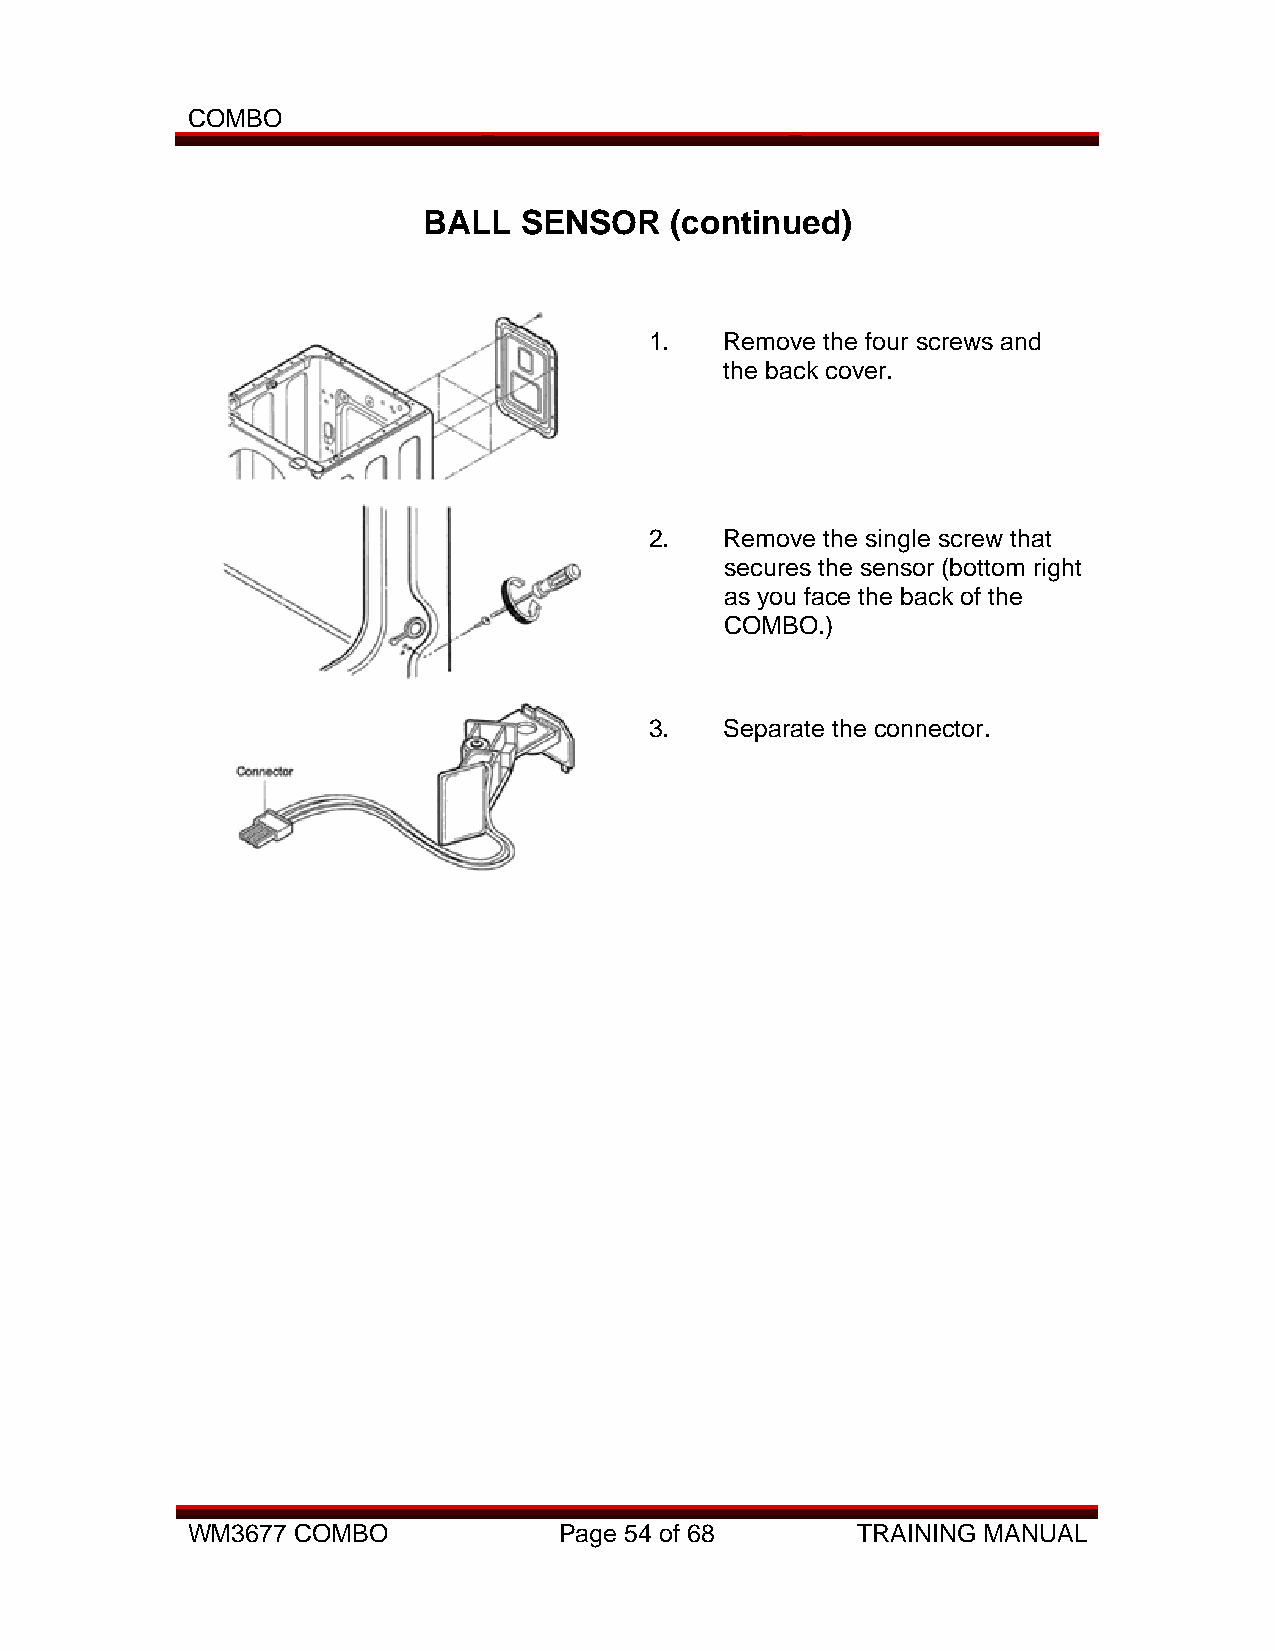
COMBO
 BALL  SENSOR    (continued)
 1.   Remove the four screws and
 the back cover.
 2.   Remove the single screw that
 secures the sensor (bottom right
 as you face the back of the
 COMBO.)
 3.   Separate the connector.
 WM3677 COMBO             Page 54 of 68       TRAINING MANUAL